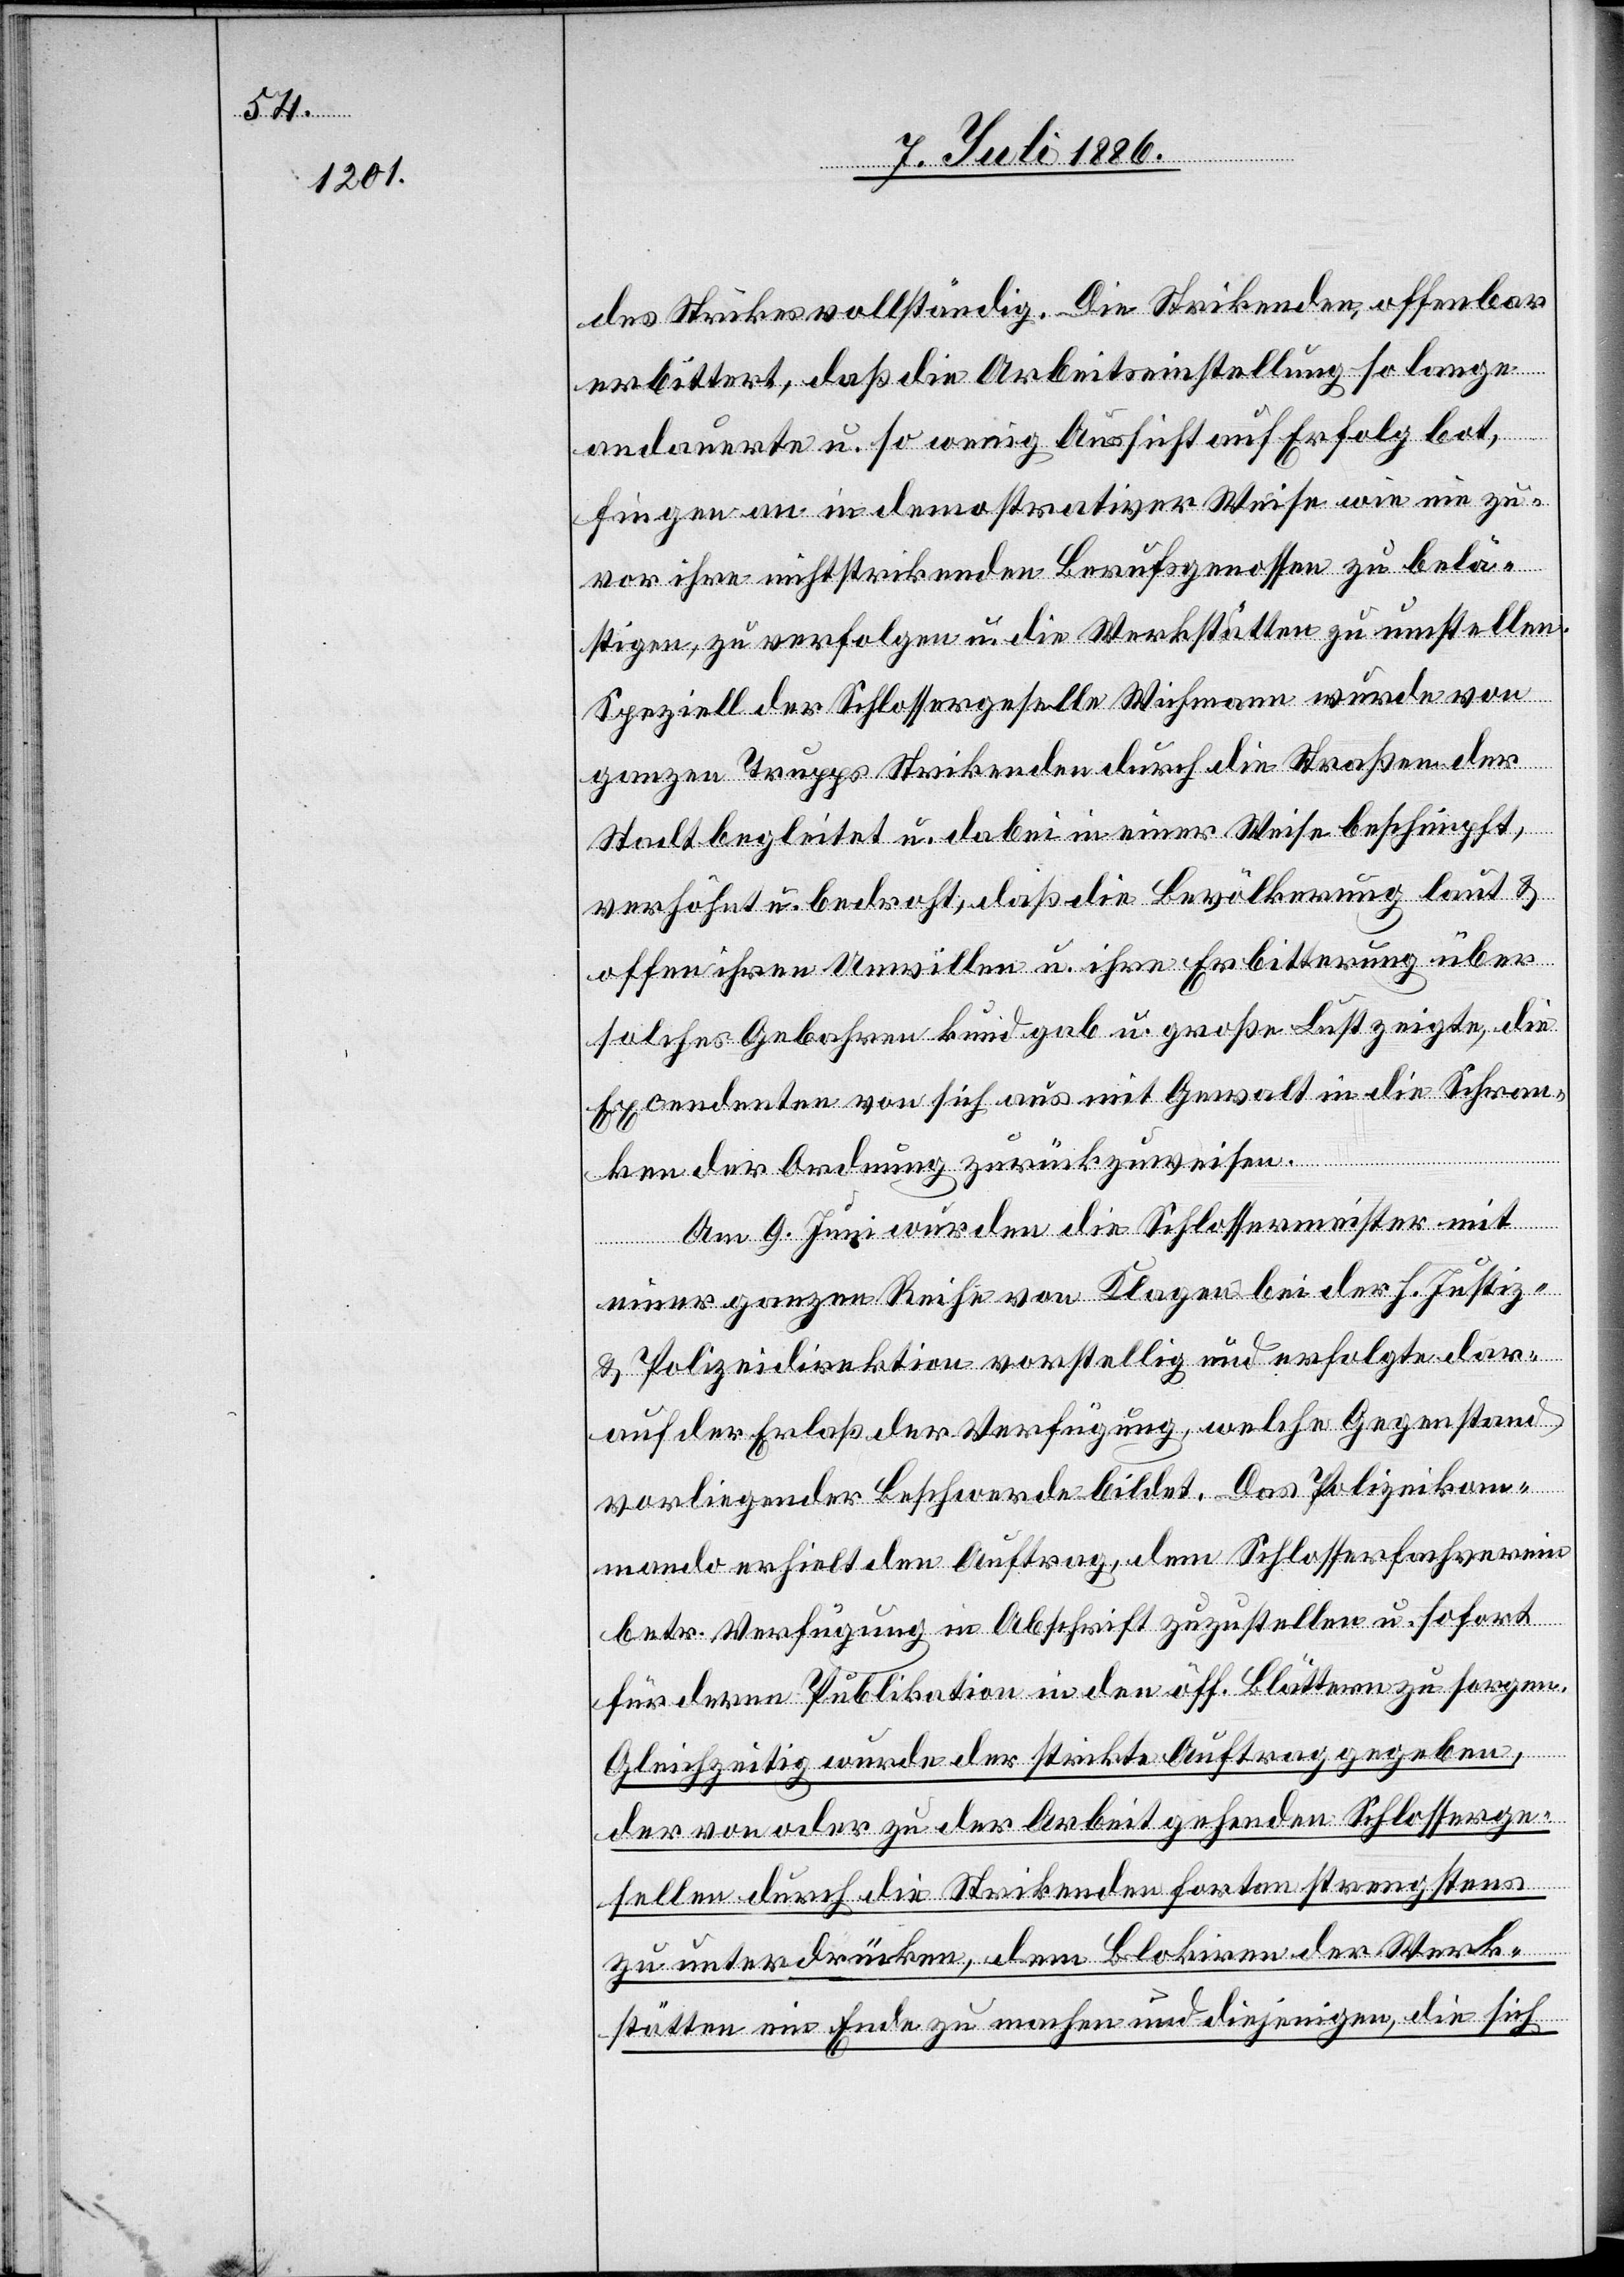
des Strikes vollständig. Die Strikenden, offenbar
erbittert, daß die Arbeitseinstellung so lange
andauerte u. so wenig Aussicht auf Erfolg bot,
fingen an in demonstrativer Weise wie nie zu¬
vor ihre nichtstrikenden Berufsgenossen zu belä¬
stigen, zu verfolgen u. die Werkstätten zu umstellen.
Speziell der Schlossergeselle Wichmann wurde von
ganzen Trupps Strikenden durch die Straßen der
Stadt begleitet u. dabei in einer Weise beschimpft,
verhöhnt u. bedroht, daß die Bevölkerung laut &
offen ihren Unwillen u. ihre Erbitterung über
solches Gebahren kund gab u. große Lust zeigte, die
Excedenten] von sich aus mit Gewalt in die Schran¬
ken der Ordnung zurückzuweisen.
Am 9. Juni wurden die Schlossermeister mit
einer ganzen Reihe von Klagen bei der h. Justiz-
& Polizeidirektion vorstellig und erfolgte dar¬
auf der Erlaß der Verfügung, welche Gegenstand
vorliegender Beschwerde bildet. Das Polizeikom¬
mando erhielt den Auftrag, dem Schlosserfachverein
betr. Verfügung die Abschrift zuzustellen u. sofort
für deren Publikation in den öff. Blättern zu sorgen.
Gleichzeitig wurde der strickte Auftrag gegeben,
der von oder zu der Arbeit gehenden Schlosserge¬
sellen durch die Strikenden fortan strengstens
zu unterdrücken, dem Blokiren der Werk¬
stätten ein Ende zu machen und diejenigen, die sich